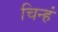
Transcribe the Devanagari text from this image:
चिन्हं